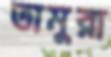
তামুরা